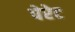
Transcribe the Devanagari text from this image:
पेरेट